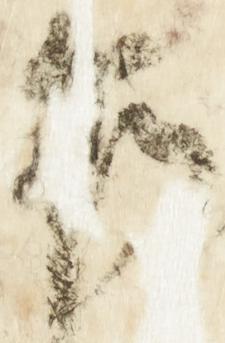
乍